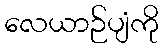
လေယာဉ်ပျံကို